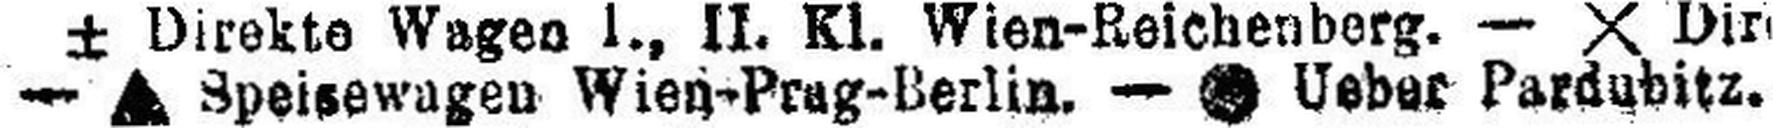
— ∆ Speisewagen Wien-Prag-Berlin. — ### Ueber Pardubitz.